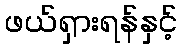
ဖယ်ရှားရန်နှင့်